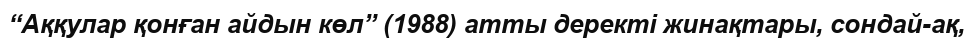
“Аққулар қонған айдын көл” (1988) атты деректі жинақтары, сондай-ақ,